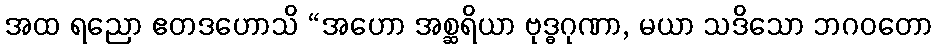
အထ ရညော ဧတဒဟောသိ “အဟော အစ္ဆရိယာ ဗုဒ္ဓဂုဏာ, မယာ သဒိသော ဘဂဝတော